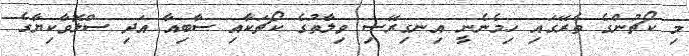
މި ކޯޗުންގެ ތެރޭގައި ހިމެނެނީ އިނގިރޭސި ވިލާތުގެ ކޯޗަކާއި ސާބިއާ އަދި ސްލޮވާކިޔާގެ